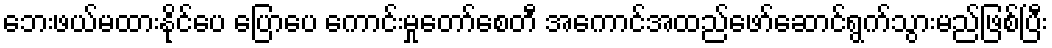
ဘေးဖယ်မထားနိုင်ပေ ပြောပေ ကောင်းမှုတော်စေတီ အကောင်အထည်ဖော်ဆောင်ရွက်သွားမည်ဖြစ်ပြီး